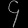
Digit: ၄